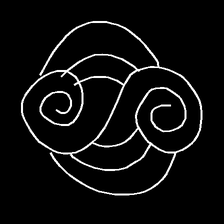
Glyph: wind-underfoot